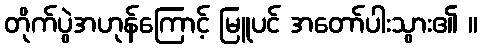
တိုက်ပွဲအဟုန်ကြောင့် မြူပင် အတော်ပါးသွား၏ ။